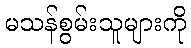
မသန်စွမ်းသူများကို